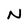
Character: N